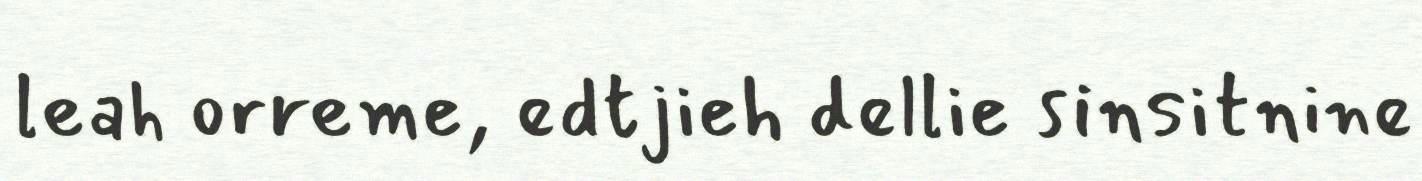
leah orreme, edtjieh dellie sinsitnine